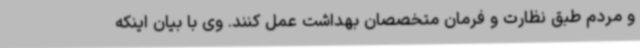
و مردم طبق نظارت و فرمان متخصصان بهداشت عمل کنند. وی با بیان اینکه